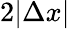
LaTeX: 2|\Delta x|